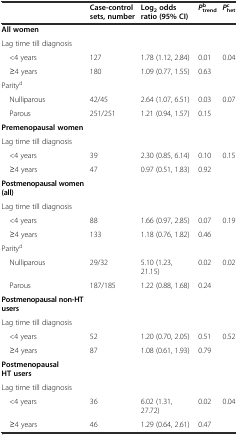
|  | Case-control sets, number | Log2odds ratio (95% CI) | Ptrendb | Phetc |
 | --- | --- | --- | --- | --- |
 | All women |  |  |  |  |
 | Lag time till diagnosis |  |  |  |  |
 | <4 years | 127 | 1.78 (1.12, 2.84) | 0.01 | 0.04 |
 | ≥4 years | 180 | 1.09 (0.77, 1.55) | 0.63 |  |
 | Parityd |  |  |  |  |
 | Nulliparous | 42/45 | 2.64 (1.07, 6.51) | 0.03 | 0.07 |
 | Parous | 251/251 | 1.21 (0.94, 1.57) | 0.15 |  |
 | Premenopausal women |  |  |  |  |
 | Lag time till diagnosis |  |  |  |  |
 | <4 years | 39 | 2.30 (0.85, 6.14) | 0.10 | 0.15 |
 | ≥4 years | 47 | 0.97 (0.51, 1.83) | 0.92 |  |
 | Postmenopausal women (all) |  |  |  |  |
 | Lag time till diagnosis |  |  |  |  |
 | <4 years | 88 | 1.66 (0.97, 2.85) | 0.07 | 0.19 |
 | ≥4 years | 133 | 1.18 (0.76, 1.82) | 0.46 |  |
 | Parityd |  |  |  |  |
 | Nulliparous | 29/32 | 5.10 (1.23, 21.15) | 0.02 | 0.02 |
 | Parous | 187/185 | 1.22 (0.88, 1.68) | 0.24 |  |
 | Postmenopausal non-HT users |  |  |  |  |
 | Lag time till diagnosis |  |  |  |  |
 | <4 years | 52 | 1.20 (0.70, 2.05) | 0.51 | 0.52 |
 | ≥4 years | 87 | 1.08 (0.61, 1.93) | 0.79 |  |
 | Postmenopausal HT users |  |  |  |  |
 | Lag time till diagnosis |  |  |  |  |
 | <4 years | 36 | 6.02 (1.31, 27.72) | 0.02 | 0.04 |
 | ≥4 years | 46 | 1.29 (0.64, 2.61) | 0.47 |  |